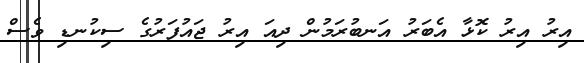
އިރު އިރު ކޮޅާ އެބަރު އަނބުރަމުން ދިއަ އިރު ޖައުފަރުގެ ސިކުނޑި ވެސް